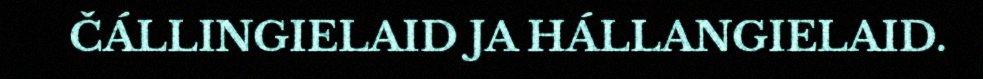
ČÁLLINGIELAID JA HÁLLANGIELAID.